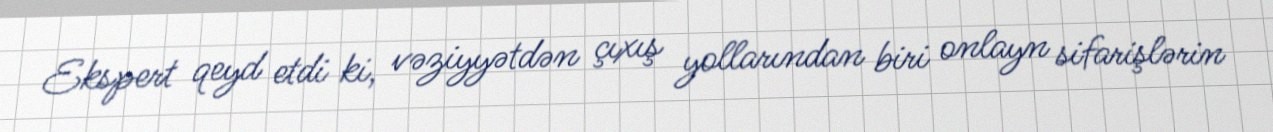
Ekspert qeyd etdi ki, vəziyyətdən çıxış yollarından biri onlayn sifarişlərin